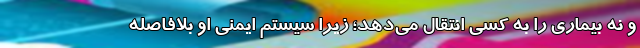
و نه بیماری را به کسی انتقال می‌دهد؛ زیرا سیستم ایمنی او بلافاصله